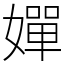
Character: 嬋